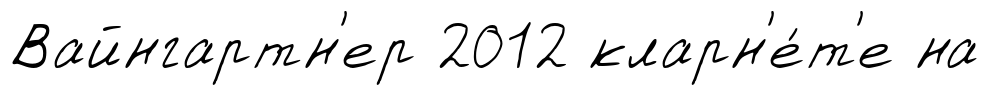
Вайнгартн'ер 2012 кларн'е́т'е на